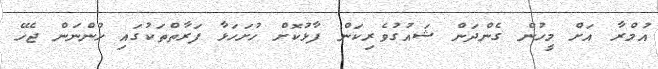
އުމްރާ އަށް މީހުން ގެންދަން ޝައުގުވެރިކަން ފާޅުކޮށް ހުށަހަޅާ ފަރާތްތަކުގައި ހުންނަން ޖެހޭ